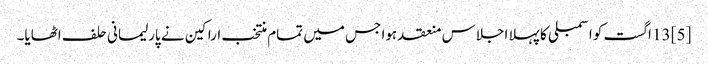
[5] 13 اگست کو اسمبلی کا پہلا اجلاس منعقد ہوا جس میں تمام منتخب اراکین نے پارلیمانی حلف اٹھایا۔